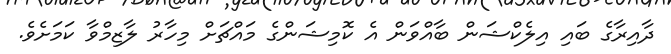
ދާއިރާގެ ބައި އިލެކްޝަން ބާއްވަން އެ ކޮމިޝަންގެ މައްޗަށް މިހާރު ލާޒިމްވާ ކަމަށެވެ.